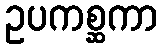
ဥပကစ္ဆကာ